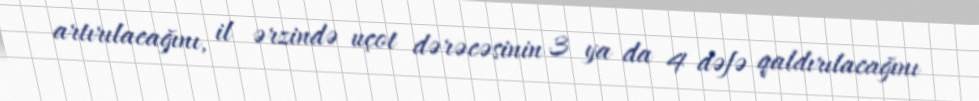
artırılacağını, il ərzində uçot dərəcəsinin 3 ya da 4 dəfə qaldırılacağını